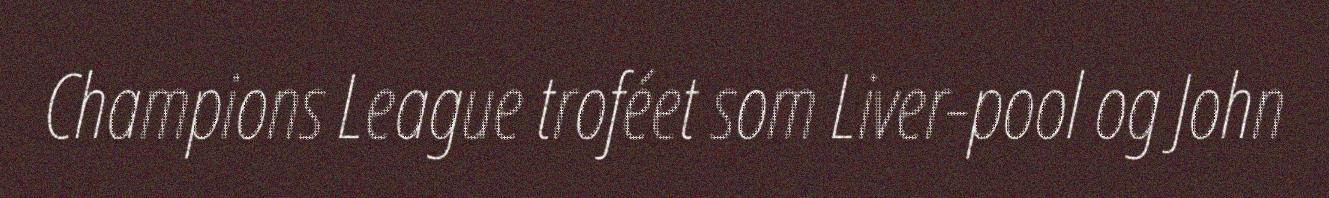
Champions League troféet som Liver-pool og John